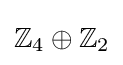
\mathbb {Z} _{4}\oplus \mathbb {Z} _{2}